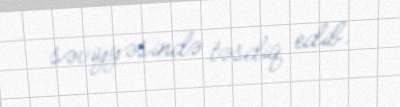
səviyyəsində təsdiq edib.